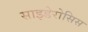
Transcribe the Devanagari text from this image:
साइडेरोसिस